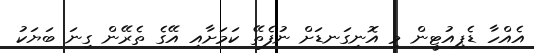
އެއްހާ ޑެޕިއުޓީން މި އޮނިގަނޑަށް ނުފެތޭ ކަމަށާއި އޭގެ ތެރޭން ގިނަ ބަޔަކު